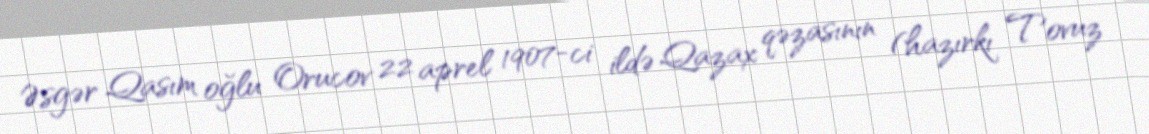
Əsgər Qasım oğlu Orucov 22 aprel 1907-ci ildə Qazax qəzasının (hazırkı Tovuz